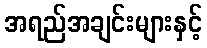
အရည်အချင်းများနှင့်